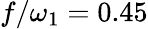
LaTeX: f/\omega_{1}=0.45